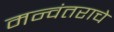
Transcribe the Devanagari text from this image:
मन्वंतराचे